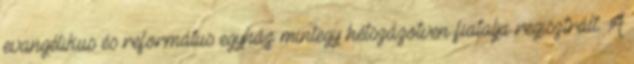
evangélikus és református egyház mintegy hétszázötven fiatalja regisztrált. A